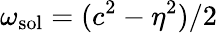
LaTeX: \omega_{\mathrm{sol}}=(c^{2}-\eta^{2})/2